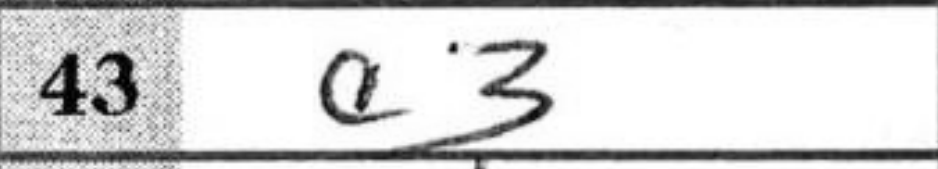
Transcription: a3